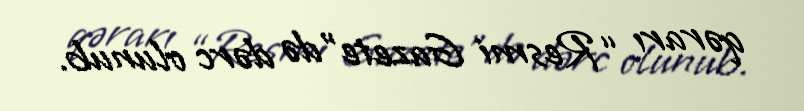
qərarı “Resmi Gazete"də dərc olunub.